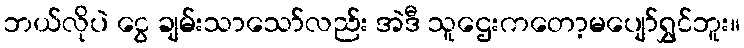
ဘယ်လိုပဲ ငွေ ချမ်းသာသော်လည်း အဲဒီ သူဌေးကတော့မပျော်ရွှင်ဘူး။